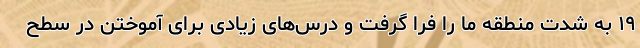
۱۹ به شدت منطقه ما را فرا گرفت و درس‌های زیادی برای آموختن در سطح